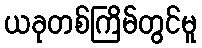
ယခုတစ်ကြိမ်တွင်မူ